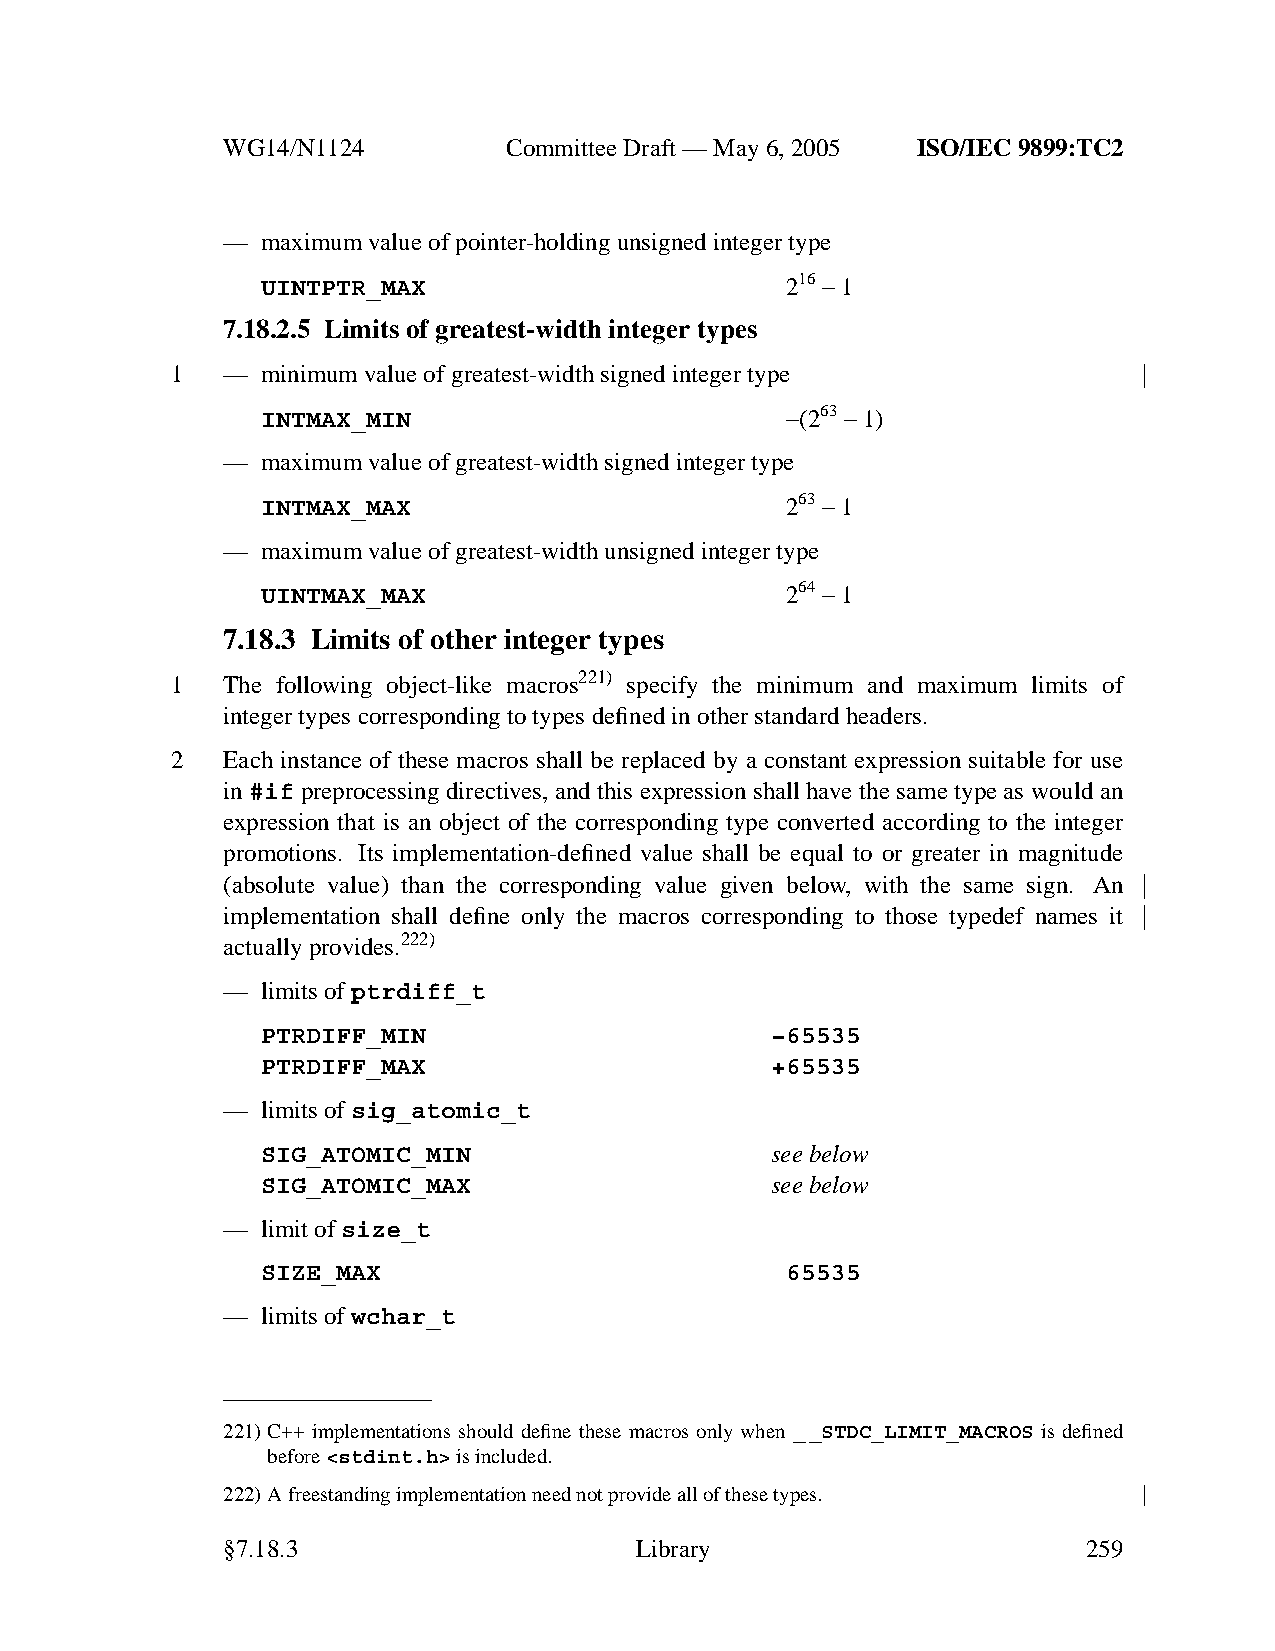
WG14/N1124        CommitteeDraft — May 6, 2005 ISO/IEC 9899:TC2
 — maximum value of pointer-holding unsigned integer type
 UINTPTR_MAX                        216 −1
 7.18.2.5 Limits of greatest-width integer types
 1   — minimum value of greatest-width signed integer type
 INTMAX_MIN                         −(263 −1)
 — maximum value of greatest-width signed integer type
 INTMAX_MAX                         263 −1
 — maximum value of greatest-width unsigned integer type
 UINTMAX_MAX                        264 −1
 7.18.3 Limits of other integer types
 1   The following object-like macros221) specify the minimum and maximum limits of
 integer types corresponding to types defined in other standard headers.
 2   Each instance of these macros shall be replaced by a constant expression suitable for use
 in #if preprocessing directives, and this expression shall have the same type as would an
 expression that is an object of the corresponding type converted according to the integer
 promotions. Its implementation-defined value shall be equal to or greater in magnitude
 (absolute value) than the corresponding value given below, with the same sign. An
 implementation shall define only the macros corresponding to those typedef names it
 actually provides.222)
 — limits ofptrdiff_t
 PTRDIFF_MIN                       −65535
 PTRDIFF_MAX                       +65535
 — limits ofsig_atomic_t
 SIG_ATOMIC_MIN                    see below
 SIG_ATOMIC_MAX                    see below
 — limit of size_t
 SIZE_MAX                           65535
 — limits ofwchar_t
 221)C++ implementations should define these macros only when __STDC_LIMIT_MACROS is defined
 before<stdint.h>is included.
 222)Afreestanding implementation need not provide all of these types.
 §7.18.3                    Library                       259